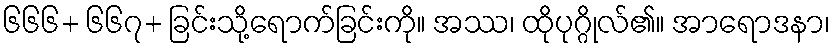
၆၆၆+ ၆၆၇+ ခြင်းသို့ရောက်ခြင်းကို။ အဿ၊ ထိုပုဂ္ဂိုလ်၏။ အာရောဒနာ၊